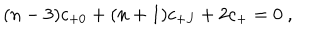
( n - 3 ) c _ { + 0 } + ( n + 1 ) c _ { + J } + 2 c _ { + } = 0 \ ,